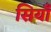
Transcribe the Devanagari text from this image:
सियाँ